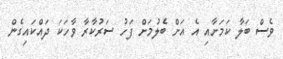
ވެސް ބަލާ ކަމަށާއި އެ އަށް ބެލުމަށް ފަހު ސަރުކާރާ ވާހަކަ ދައްކައިގެން